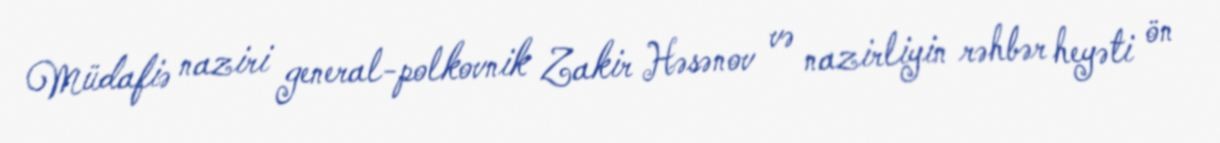
Müdafiə naziri general-polkovnik Zakir Həsənov və nazirliyin rəhbər heyəti ön